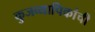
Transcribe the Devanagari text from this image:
कुजव्यापिकांची